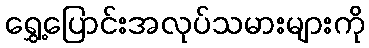
ရွှေ့ပြောင်းအလုပ်သမားများကို